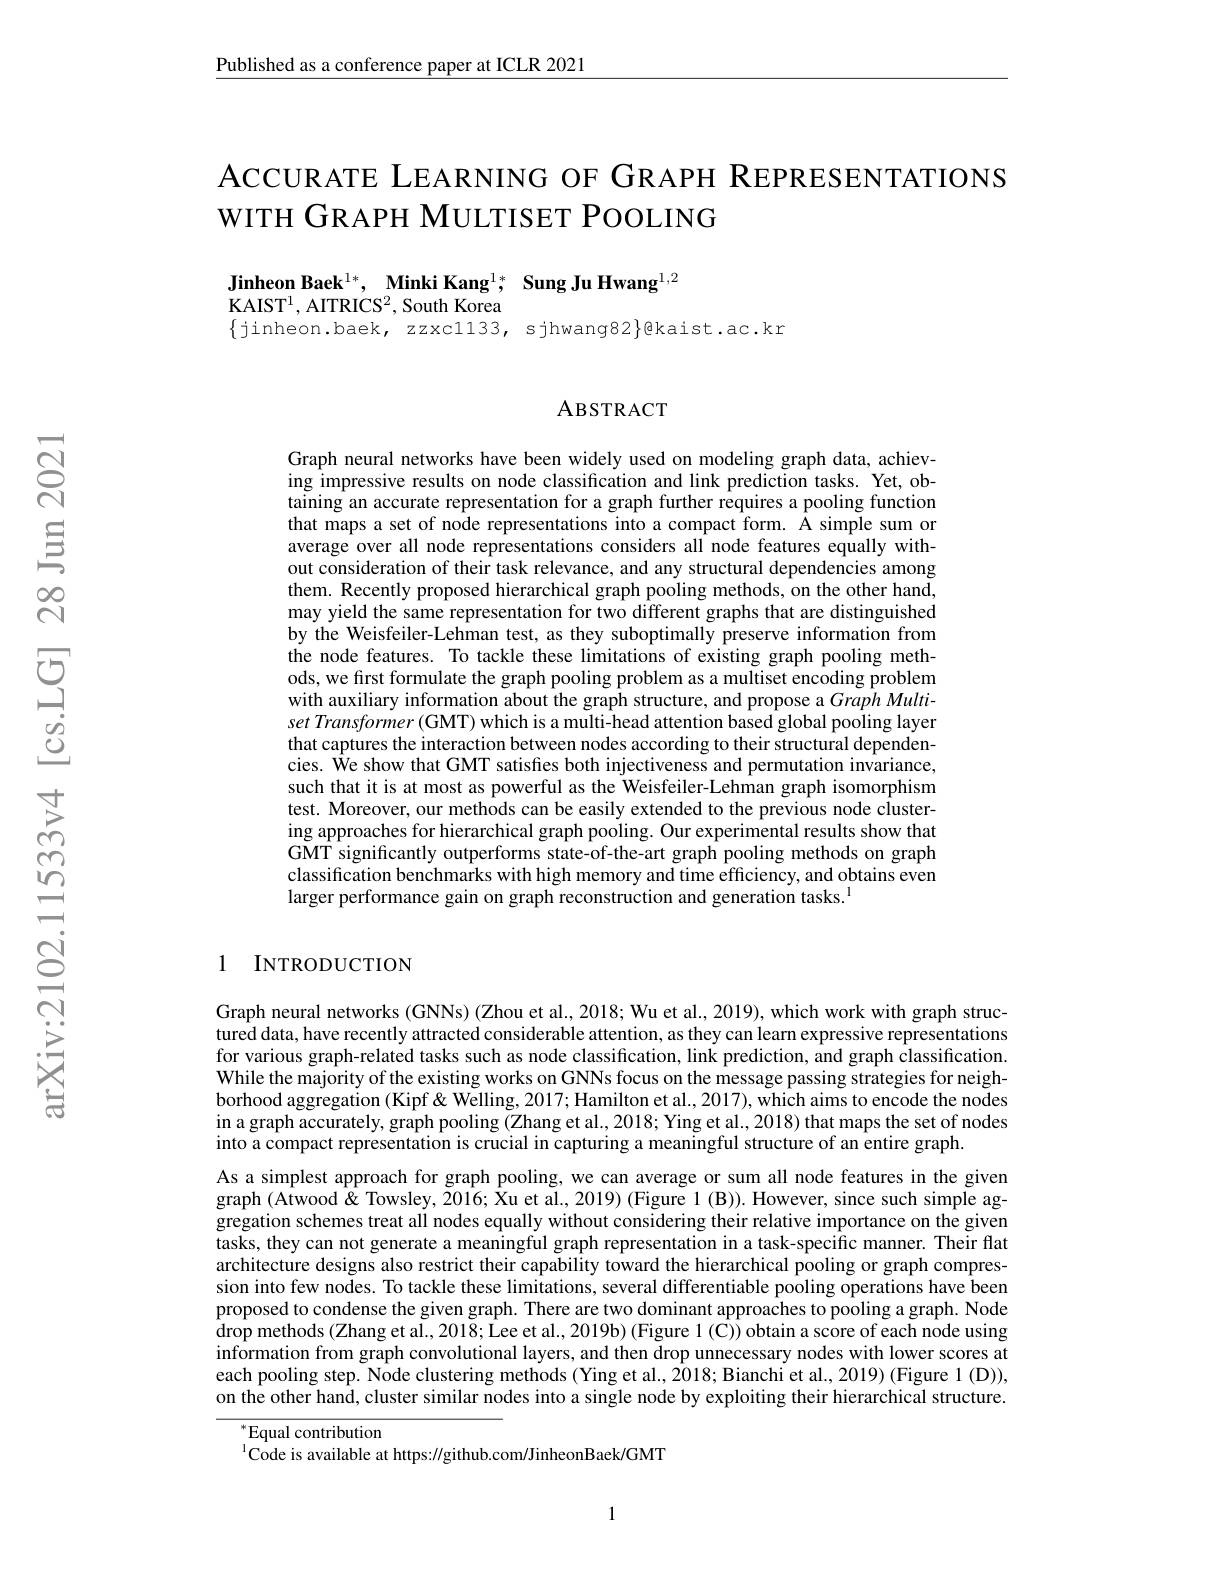
$\underline{\text{Published as a conference paper at ICLR 2021}}$

# ACCURATE LEARNING OF GRAPH REPRESENTATIONS WITH GRAPH MULTISET POOLING

Jinheon Baek$^1*$, Minki Kang$^{1*},\textbf{ Sung Ju Hwang}^{1,2}$
KAIST$^1$,AITRICS$^2$,South Korea
$\{$jinheon.baek, zzxcl133, sjhwang82$\}$@kaist.ac.kr

ABSTRACT

Graph neural networks have been widely used on modeling graph data, achieving impressive results on node classification and link prediction tasks. Yet, obtaining an accurate representation for a graph further requires a pooling function that maps a set of node representations into a compact form. Â simple sum or average over all node representations considers all node features equally without consideration of their task relevance, and any structural dependencies among them. Recently proposed hierarchical graph pooling methods, on the other hand, may yield the same representation for two different graphs that are distinguished by the Weisfeiler-Lehman test, as they suboptimally preserve information from the node features. To tackle these limitations of existing graph pooling methods, we first formulate the graph pooling problem as a multiset encoding problem with auxiliary information about the graph structure, and propose a Graph Multi- $set\textit{Transformer( GMT) which is a multi- head attention based global pooling layer}$ that captures the interaction between nodes according to their structural dependencies. $\hat{\text{We show that GMT satisfies both injectiveness and permutation invariance,}}$ such that it is at most as powerful as the Weisfeiler-Lehman graph isomorphism test. Moreover, our methods can be easily extended to the previous node clustering approaches for hierarchical graph pooling. Our experimental results show that GMT significantly outperforms state-of-the-art graph pooling methods on graph classification benchmarks with high memory and time efficiency, and obtains even larger performance gain on graph reconstruction and generation tasks.$^{1}$

## 1 INTRODUCTION

Graph neural networks (GNNs) (Zhou et al., 2018; Wu et al., 2019), which work with graph structured data, have recently attracted considerable attention, as they can learn expressive representations for various graph-related tasks such as node classification, link prediction, and graph classification. While the majority of the existing works on GNNs focus on the message passing strategies for neighborhood aggregation (Kipf & Welling, 2017; Hamilton et al., 2017), which aims to encode the nodes in a graph accurately, graph pooling (Zhang et al., 2018; Ying et al., 2018) that maps the set of nodes into a compact representation is crucial in capturing a meaningful structure of an entire graph.
As a simplest approach for graph pooling, we can average or sum all node features in the given graph $(\hat{\text{Atwood\"{\&}Towsley,2016;Xuetal.,2019)(Figure1(B)).However,since such simple ag-}}$ gregation schemes treat ali nodes equally without considering their relative importance on the given tasks, they can not generate a meaningful graph representation in a task-specific manner. Their flat architecture designs also restrict their capability toward the hierarchical pooling or graph compression into few nodes. To tackle these limitations, several differentiable pooling operations have been proposed to condense the given graph. There are two dominant approaches to pooling a graph. Node drop methods (Zhang et al., 2018; Lee et al., 2019b) (Figure 1(C)) obtain a score of each node using $\hat{\text{information from graph convolutional layers, and then drop unnecessary nodes with lower scores at}}$ each pooling step. Node clustering methods (Ying et al., 2018; Bianchi et al., 2019) (Figure 1 (D)), on the other hand, cluster similar nodes into a single node by exploiting their hierarchical structure.
$^{*}$Equal contribution

$^{1}$Code is available at https://github.com/JinheonBaek/GMT

1